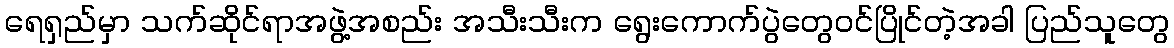
ရေရှည်မှာ သက်ဆိုင်ရာအဖွဲ့အစည်း အသီးသီးက ရွေးကောက်ပွဲတွေဝင်ပြိုင်တဲ့အခါ ပြည်သူတွေ